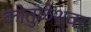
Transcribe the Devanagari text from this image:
कोतुळेश्वर